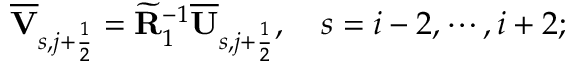
\overline { { \mathbf { V } } } _ { s , j + \frac { 1 } { 2 } } = \widetilde { \mathbf { R } } _ { 1 } ^ { - 1 } \overline { { \mathbf { U } } } _ { s , j + \frac { 1 } { 2 } } , \quad s = i - 2 , \cdots , i + 2 ;